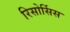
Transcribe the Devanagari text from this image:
रिसोर्सिस